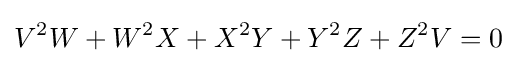
V^{2}W+W^{2}X+X^{2}Y+Y^{2}Z+Z^{2}V=0